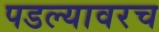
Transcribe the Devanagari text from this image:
पडल्यावरच